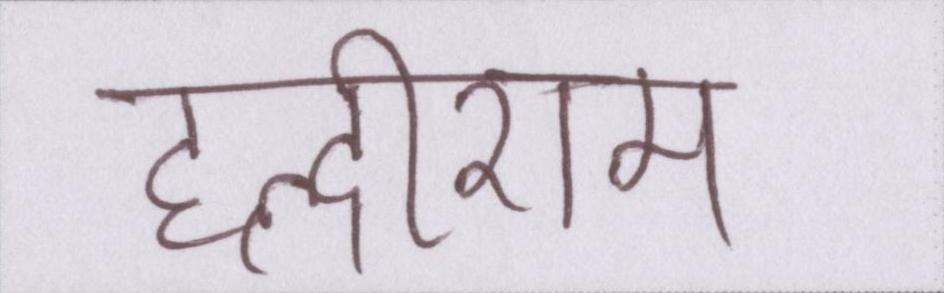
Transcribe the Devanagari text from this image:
हल्दीराम